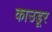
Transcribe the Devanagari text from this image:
काउडूर